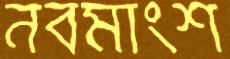
নবমাংশ